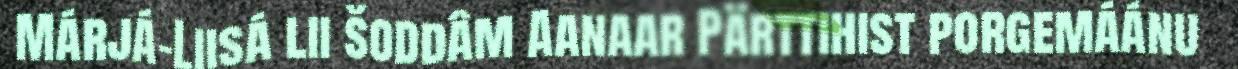
Márjá-Liisá lii šoddâm Aanaar Pärttihist porgemáánu